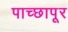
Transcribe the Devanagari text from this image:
पाच्छापूर